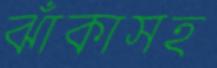
ঝাঁকাসহ